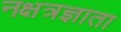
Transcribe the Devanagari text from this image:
नक्षत्रज्ञाता